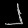
Digit: ၂